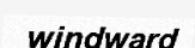
windward